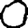
Digit: 0